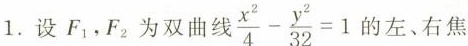
1.设F_{1}，F_{2}为双曲线 $$\frac { x ^ { 2 } } { 4 } - \frac { y ^ { 2 } } { 3 2 } = 1$$ 左、右焦